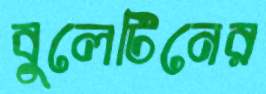
বুলেটিনের